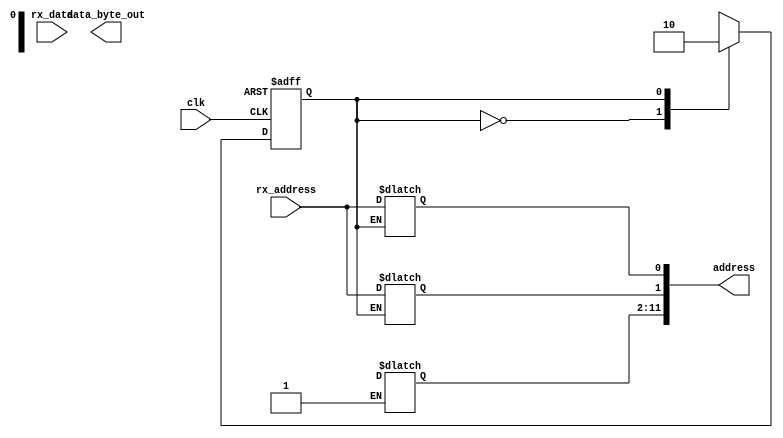
module s2p_state (input       clk,
   input  rx_address,
	input  rx_data,
	output reg [11:0]address,
	output reg [7:0]data_byte_out);
	
parameter
address_size = 4'd12,
data_size = 4'd8;

reg [5:0] present = 6'd0;
reg [5:0] next = 6'd1;

reg rst;

reg [3:0]address_bit_idx = 0;
reg [3:0]data_bit_idx = 0;
reg [8:0]data_byte = 0;
reg flag = 0;
reg addr_state = 4'd0;

parameter
addr0 = 4'd0,
addr1 = 4'd1,
addr2 = 4'd2,
addr3 = 4'd3,
addr4 = 4'd4,
addr5 = 4'd5,
addr6 = 4'd6,
addr7 = 4'd7,
addr8 = 4'd8,
addr9 = 4'd9,
addr10 = 4'd10,
addr11 = 4'd11;

always @(posedge clk or posedge rst)
begin 
	if (rst == 1)
	addr_state <= addr0;
	else
	addr_state <= next;
end

always @ (addr_state)
case (addr_state)
	addr0:begin
		address[0] = rx_address;
		next <= addr1;
	end
	addr1:begin
		address[1] = rx_address;
		next <= addr2;
	end
	addr2:begin
		address[2] = rx_address;
		next <= addr3;
	end
	addr3:begin
		address[3] = rx_address;
		next <= addr4;
	end
	addr4:begin
		address[4] = rx_address;
		next <= addr5;
	end
	addr5:begin
		address[5] = rx_address;
		next <= addr6;
	end
	addr6:begin
		address[6] = rx_address;
		next <= addr7;
	end
	addr7:begin
		address[7] = rx_address;
		next <= addr8;
	end
	addr8:begin
		address[8] = rx_address;
		next <= addr9;
	end
	addr9:begin
		address[9] = rx_address;
		next <= addr10;
	end
	addr10:begin
		address[10] = rx_address;
		addr_state <= addr11;
	end
	addr11:begin
		address[11] = rx_address;
		next <= addr0;
	end
endcase



endmodule